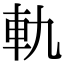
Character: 軌